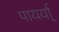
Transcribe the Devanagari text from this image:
पायर्या्